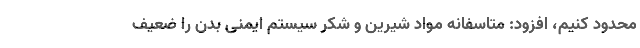
محدود کنیم، افزود: متاسفانه مواد شیرین و شکر سیستم ایمنی بدن را ضعیف